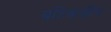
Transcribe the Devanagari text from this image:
बहिकक्षीय